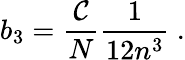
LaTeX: b_{3}=\frac{\mathcal{C}}{N}\frac{1}{12n^{3}}\ .